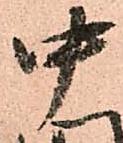
中